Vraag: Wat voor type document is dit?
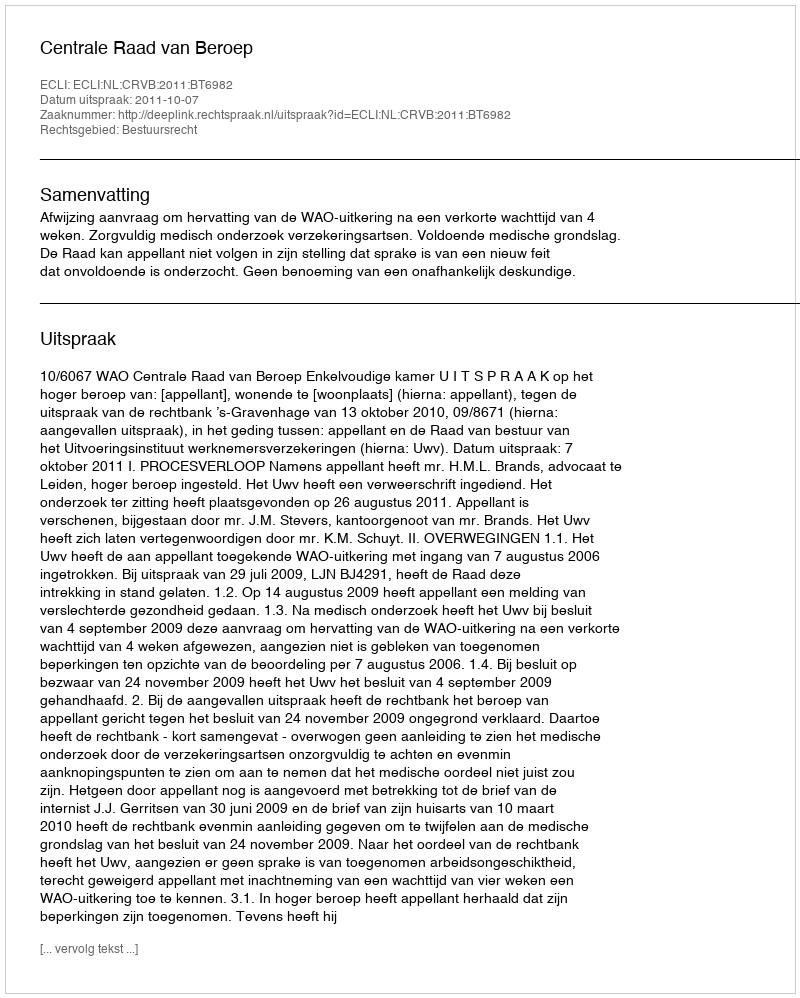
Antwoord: Uitspraak